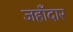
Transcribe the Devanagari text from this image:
जहाँदार